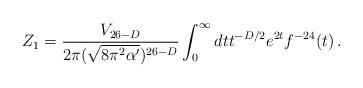
LaTeX: \begin{align*}Z_{1} = \frac{V_{26-D}}{ 2\pi (\sqrt{ 8\pi^{2}\alpha' })^{26-D} } \int_{0}^{\infty}dt t^{-D/2} e^{2t} f^{-24}(t) \, .\end{align*}